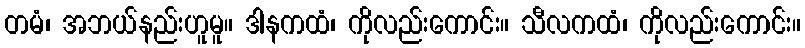
တမံ၊ အဘယ်နည်းဟူမူ။ ဒါနကထံ၊ ကိုလည်းကောင်း။ သီလကထံ၊ ကိုလည်းကောင်း။